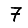
Digit: 7